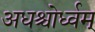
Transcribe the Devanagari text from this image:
अधश्चोर्ध्वम्